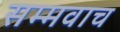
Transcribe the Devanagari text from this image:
सम्मवाच